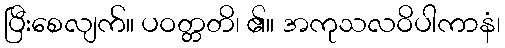
ပြီးစေလျက်။ ပဝတ္တတိ၊ ၏။ အကုသလဝိပါကာနံ၊